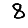
Digit: 8